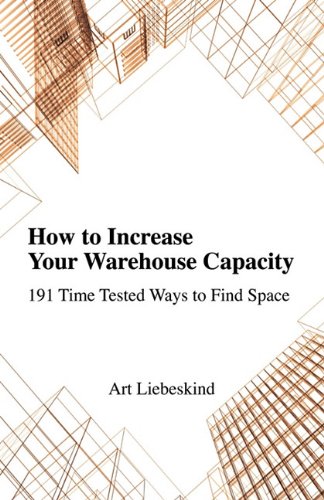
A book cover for How to Increase Your Warehouse Capacity. 191 Time Tested Ways to Find Space; Art Liebeskind; Business & Money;